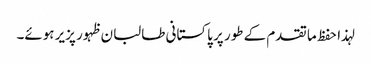
لہذا حفظ ما تقدم کے طور پر پاکستانی طالبان ظہور پزیر ہوئے۔